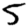
Digit: 5